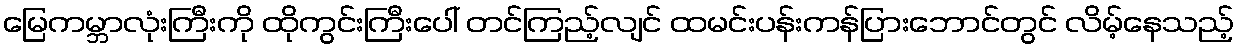
မြေကမ္ဘာလုံးကြီးကို ထိုကွင်းကြီးပေါ် တင်ကြည့်လျင် ထမင်းပန်းကန်ပြားဘောင်တွင် လိမ့်နေသည့်